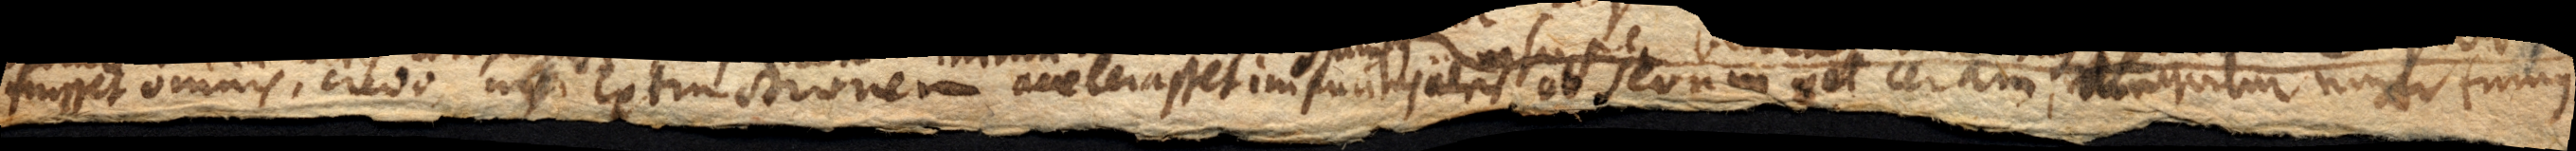
fuisset omnis, credo, nisi extinctionem accelerasset impuritas aeris ob sevum vel ceram, relinquitur niger fumus.